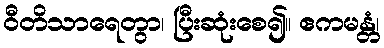
ဝီတိသာရေတွာ၊ ပြီးဆုံးစေ၍။ ဧကမန္တံ၊